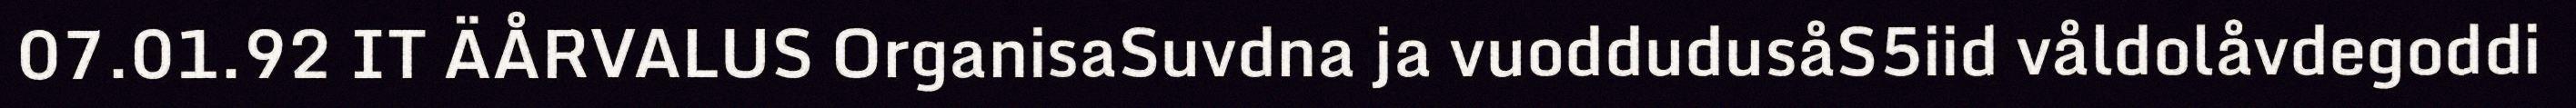
07.01.92 IT ÄÅRVALUS OrganisaSuvdna ja vuoddudusåS5iid våldolåvdegoddi